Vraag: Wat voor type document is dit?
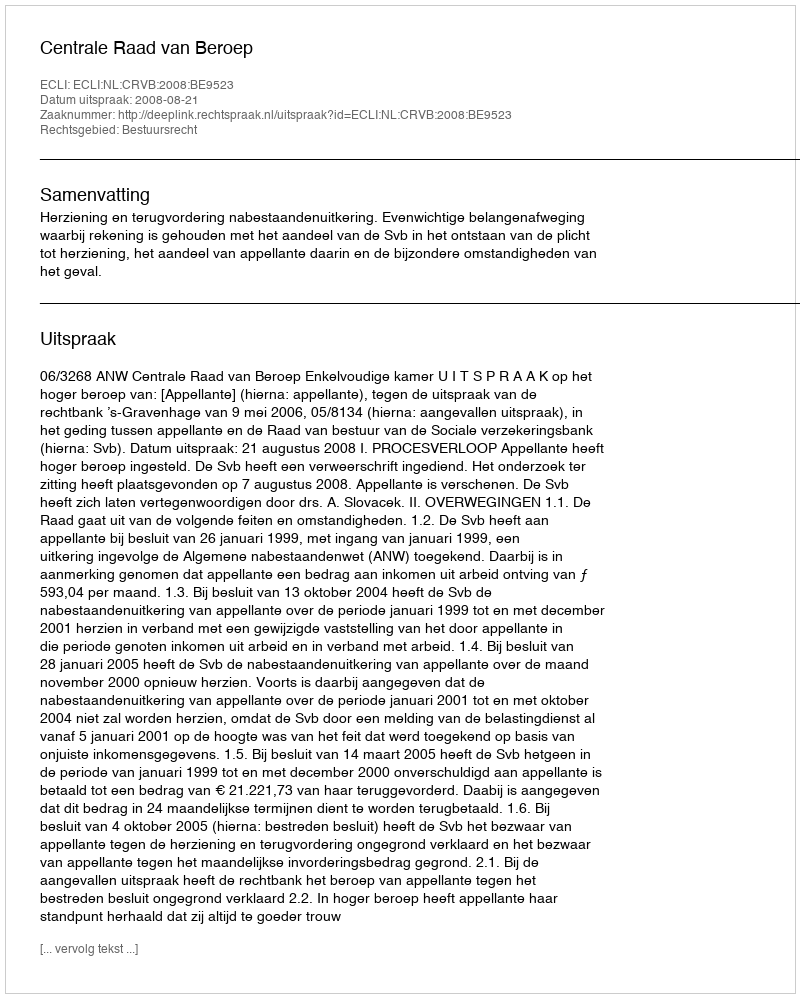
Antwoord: Uitspraak